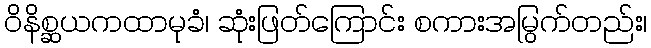
ဝိနိစ္ဆယကထာမုခံ၊ ဆုံးဖြတ်ကြောင်း စကားအမြွက်တည်း၊